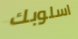
اسلوبك